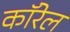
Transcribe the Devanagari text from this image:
कॉरेल